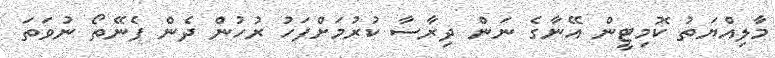
މާލިއްޔަތު ކޮމިޓީން އޭނާގެ ނަން ދިރާސާ ކުރުމަށްފަހު ރުހުން ދެން ފެނޭތޯ ނުވަތަ